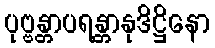
ပုဗ္ဗန္တာပရန္တာနုဒိဋ္ဌိနော